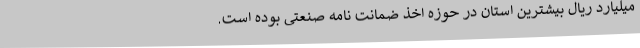
میلیارد ریال بیشترین استان در حوزه اخذ ضمانت نامه صنعتی بوده است.